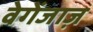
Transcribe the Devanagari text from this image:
वेगेंजाज़